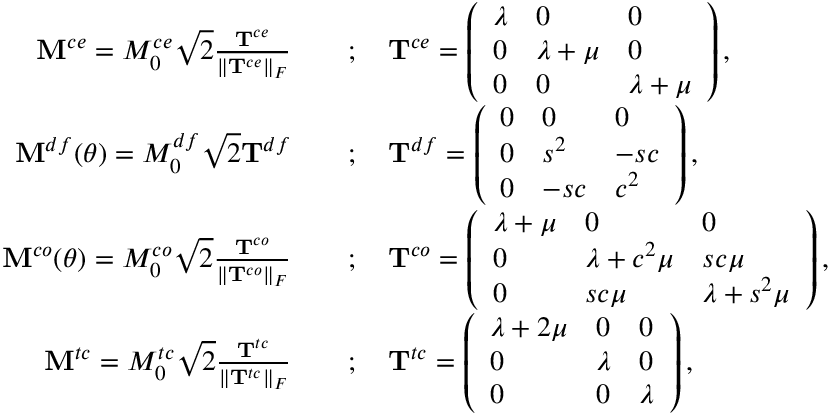
\begin{array} { r l } { { \mathbf { M } } ^ { c e } = M _ { 0 } ^ { c e } \sqrt { 2 } \frac { \mathbf { T } ^ { c e } } { \Vert \mathbf { T } ^ { c e } \Vert _ { F } } \quad } & { ; \quad \mathbf { T } ^ { c e } = \left( \begin{array} { l l l } { \lambda } & { 0 } & { 0 } \\ { 0 } & { \lambda + \mu } & { 0 } \\ { 0 } & { 0 } & { \lambda + \mu } \end{array} \right) , } \\ { { \mathbf { M } } ^ { d f } ( \theta ) = M _ { 0 } ^ { d f } \sqrt { 2 } \mathbf { T } ^ { d f } \quad } & { ; \quad \mathbf { T } ^ { d f } = \left( \begin{array} { l l l } { 0 } & { 0 } & { 0 } \\ { 0 } & { s ^ { 2 } } & { - s c } \\ { 0 } & { - s c } & { c ^ { 2 } } \end{array} \right) , } \\ { { \mathbf { M } } ^ { c o } ( \theta ) = M _ { 0 } ^ { c o } \sqrt { 2 } \frac { \mathbf { T } ^ { c o } } { \Vert \mathbf { T } ^ { c o } \Vert _ { F } } \quad } & { ; \quad \mathbf { T } ^ { c o } = \left( \begin{array} { l l l } { \lambda + \mu } & { 0 } & { 0 } \\ { 0 } & { \lambda + c ^ { 2 } \mu } & { s c \mu } \\ { 0 } & { s c \mu } & { \lambda + s ^ { 2 } \mu } \end{array} \right) , } \\ { { \mathbf { M } } ^ { t c } = M _ { 0 } ^ { t c } \sqrt { 2 } \frac { \mathbf { T } ^ { t c } } { \Vert \mathbf { T } ^ { t c } \Vert _ { F } } \quad } & { ; \quad \mathbf { T } ^ { t c } = \left( \begin{array} { l l l } { \lambda + 2 \mu } & { 0 } & { 0 } \\ { 0 } & { \lambda } & { 0 } \\ { 0 } & { 0 } & { \lambda } \end{array} \right) , } \end{array}